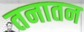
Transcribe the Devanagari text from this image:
तनातन